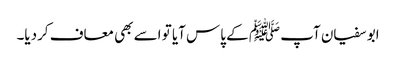
ابو سفیان آپ ﷺ کے پاس آیا تو اسے بھی معاف کردیا۔